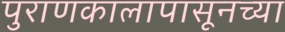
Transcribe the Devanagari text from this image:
पुराणकालापासूनच्या